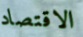
الاقتصاد